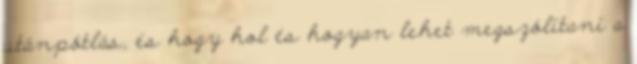
utánpótlás, és hogy hol és hogyan lehet megszólítani a